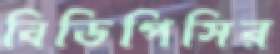
বিডিপিসির